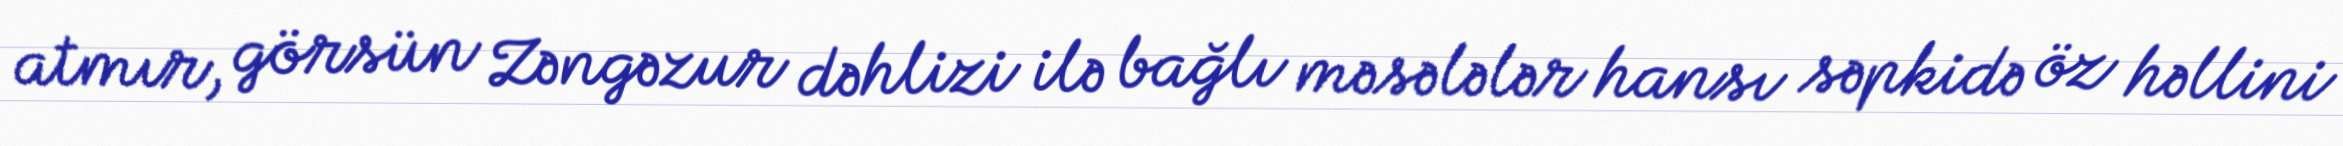
atmır, görsün Zəngəzur dəhlizi ilə bağlı məsələlər hansı səpkidə öz həllini